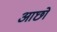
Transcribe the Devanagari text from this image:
आछो